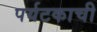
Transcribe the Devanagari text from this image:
पर्यटकाची